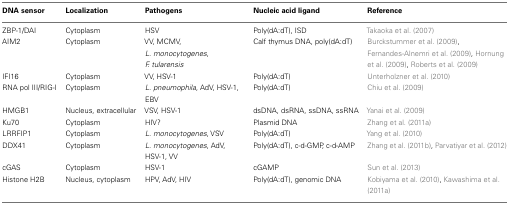
<table><thead><tr><td><b>DNA sensor</b></td><td><b>Localization</b></td><td><b>Pathogens</b></td><td><b>Nucleic acid ligand</b></td><td><b>Reference</b></td></tr></thead><tbody><tr><td>ZBP-1/DAI</td><td>Cytoplasm</td><td>HSV</td><td>Poly(dA:dT), ISD</td><td>Takaoka et al. (2007)</td></tr><tr><td>AIM2</td><td>Cytoplasm</td><td>VV, MCMV, <i>L. monocytogenes</i>, <i>F. tularensis</i></td><td>Calf thymus DNA, poly(dA:dT)</td><td>Burckstummer et al. (2009), Fernandes-Alnemri et al. (2009), Hornung et al. (2009), Roberts et al. (2009)</td></tr><tr><td>IFI16</td><td>Cytoplasm</td><td>VV, HSV-1</td><td>Poly(dA:dT)</td><td>Unterholzner et al. (2010)</td></tr><tr><td>RNA pol III/RIG-I</td><td>Cytoplasm</td><td><i>L. pneumophila</i>, AdV, HSV-1, EBV</td><td>Poly(dA:dT)</td><td>Chiu et al. (2009)</td></tr><tr><td>HMGB1</td><td>Nucleus, extracellular</td><td>VSV, HSV-1</td><td>dsDNA, dsRNA, ssDNA, ssRNA</td><td>Yanai et al. (2009)</td></tr><tr><td>Ku70</td><td>Cytoplasm</td><td>HIV?</td><td>Plasmid DNA</td><td>Zhang et al. (2011a)</td></tr><tr><td>LRRFIP1</td><td>Cytoplasm</td><td><i>L. monocytogenes</i>, VSV</td><td>Poly(dA:dT)</td><td>Yang et al. (2010)</td></tr><tr><td>DDX41</td><td>Cytoplasm</td><td><i>L. monocytogenes</i>, AdV, HSV-1, VV</td><td>Poly(dA:dT), c-d-GMP, c-d-AMP</td><td>Zhang et al. (2011b), Parvatiyar et al. (2012)</td></tr><tr><td>cGAS</td><td>Cytoplasm</td><td>HSV-1</td><td>cGAMP</td><td>Sun et al. (2013)</td></tr><tr><td>Histone H2B</td><td>Nucleus, cytoplasm</td><td>HPV, AdV, HIV</td><td>Poly(dA:dT), genomic DNA</td><td>Kobiyama et al. (2010), Kawashima et al. (2011a)</td></tr></tbody></table>